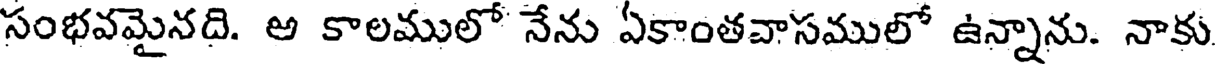
సంభవమైనది. అ కాలములో నేను ఏకాంతవాసములో ఉన్నాను. నాకు